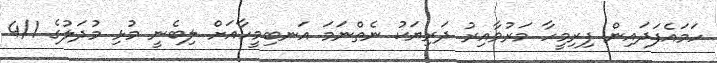
ހަމައެފަދައިން ފިރިމީހާ މަރުވާއިރު ދަރިޔަކު ނެތްނަމަ އަނބިމީހާއަށް ލިބެނީ މުޅި މުދަލުގެ 4/1